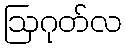
ဩဂုတ်လ